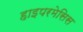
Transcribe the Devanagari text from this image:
हाइपरमेसिस